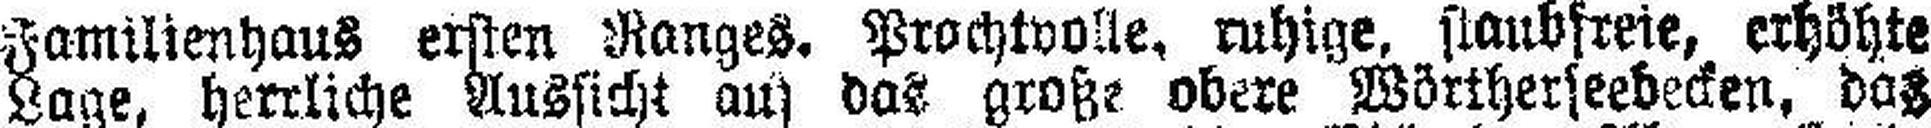
Familienhaus ersten Ranges. Prachtvolle, ruhige, staubfreie, erhöhte